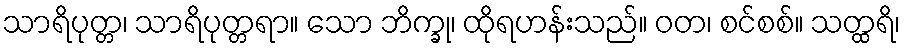
သာရိပုတ္တ၊ သာရိပုတ္တရာ။ သော ဘိက္ခု၊ ထိုရဟန်းသည်။ ဝတ၊ စင်စစ်။ သတ္ထရိ၊